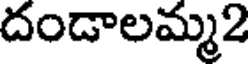
దండాలమ్మ2